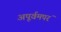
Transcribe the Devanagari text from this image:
अपूर्वमपरं